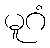
မူဂံ